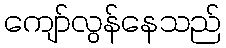
ကျော်လွန်နေသည်